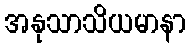
အနုသာသိယမာနာ